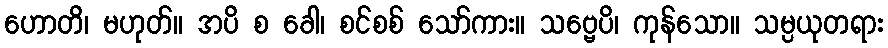
ဟောတိ၊ မဟုတ်။ အပိ စ ခေါ၊ စင်စစ် သော်ကား။ သဗ္ဗေပိ၊ ကုန်သော။ သမ္ပယုတရား